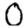
Digit: 0